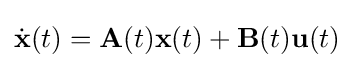
{\dot {\mathbf {x} }}(t)=\mathbf {A} (t)\mathbf {x} (t)+\mathbf {B} (t)\mathbf {u} (t)